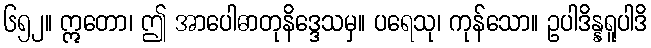
၆၅၂။ ဣတော၊ ဤ အာပေါဓာတုနိဒ္ဒေသမှ။ ပရေသု၊ ကုန်သော။ ဥပါဒိန္နရူပါဒိ